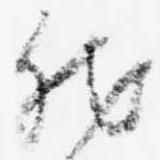
然